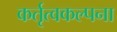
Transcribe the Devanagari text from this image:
कर्तृत्वकल्पना